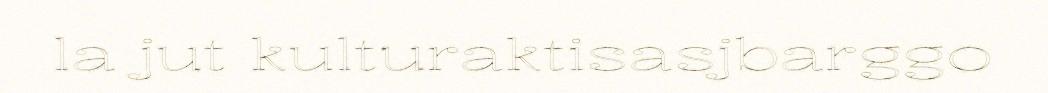
la jut kulturaktisasjbarggo